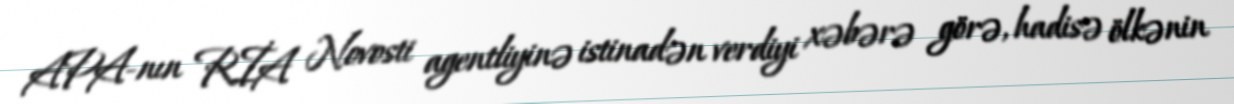
APA-nın RİA Novosti agentliyinə istinadən verdiyi xəbərə görə, hadisə ölkənin